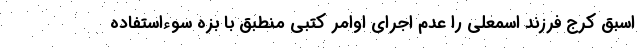
اسبق کرج فرزند اسمعلی را عدم اجرای اوامر کتبی منطبق با بزه سوءاستفاده